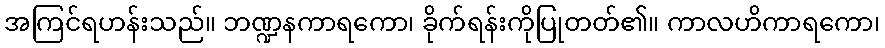
အကြင်ရဟန်းသည်။ ဘဏ္ဍနကာရကော၊ ခိုက်ရန်းကိုပြုတတ်၏။ ကာလဟိကာရကော၊